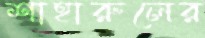
শাহারুলের